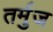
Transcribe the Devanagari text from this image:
तर्मुज